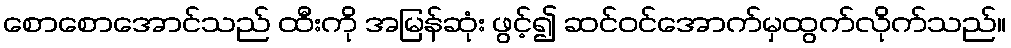
စောစောအောင်သည် ထီးကို အမြန်ဆုံး ဖွင့်၍ ဆင်ဝင်အောက်မှထွက်လိုက်သည်။